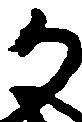
か